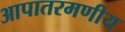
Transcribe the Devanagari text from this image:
आपातरमणीय